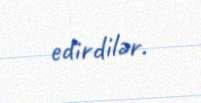
edirdilər.